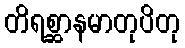
တိရစ္ဆာနမာတုပိတု